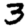
Digit: 3